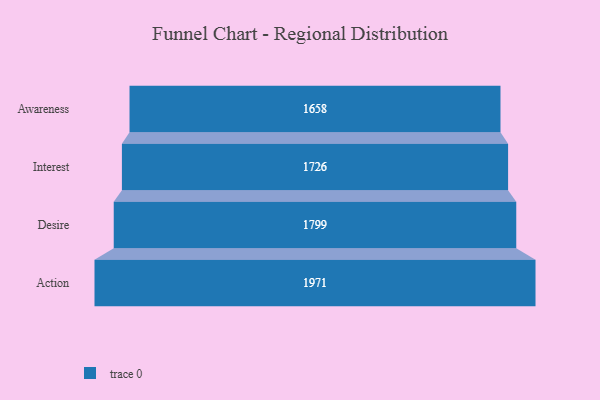
{"axis": {"x": "Stage", "y": "Value"}, "legend": [""], "data": [{"x": "Awareness", "y": 1658.0, "type": ""}, {"x": "Interest", "y": 1726.0, "type": ""}, {"x": "Desire", "y": 1799.0, "type": ""}, {"x": "Action", "y": 1971.0, "type": ""}]}